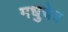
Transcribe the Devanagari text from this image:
मधुचेत्र